Annual report on the Civil Veterinary Department, Burma (including the Insein Veterinary School) - 1923-1931
Year: 1923
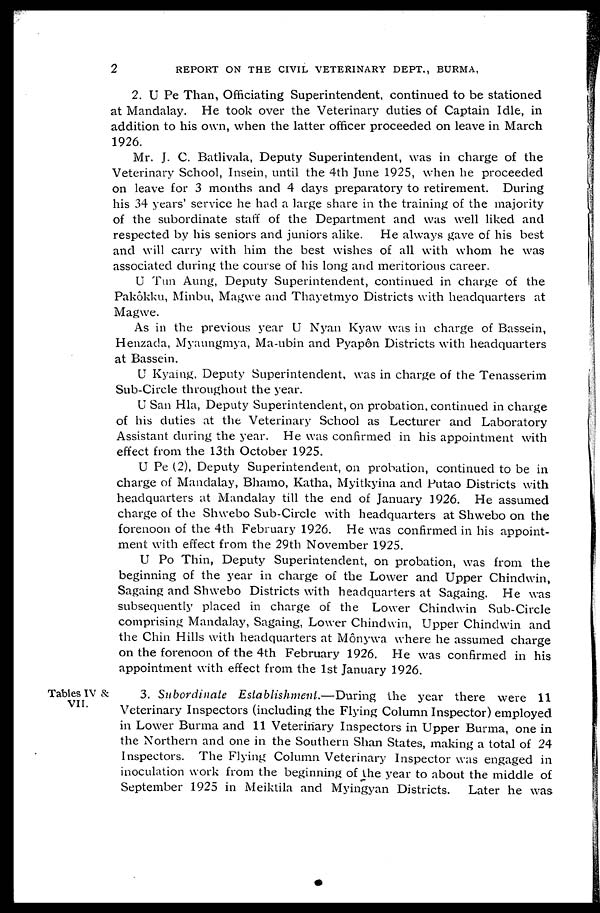
2
REPORT ON THE CIVIL VETERINARY DEPT., BURMA,
2. U Pe Than, Officiating Superintendent, continued to be stationed
at Mandalay. He took over the Veterinary duties of Captain Idle, in
addition to his own, when the latter officer proceeded on leave in March
1926.
Mr. J. C. Batlivala, Deputy Superintendent, was in charge of the
Veterinary School, Insein, until the 4th June 1925, when he proceeded
on leave for 3 months and 4 days preparatory to retirement. During
his 34 years' service he had a large share in the training of the majority
of the subordinate staff of the Department and was well liked and
respected by his seniors and juniors alike. He always gave of his best
and will carry with him the best wishes of all with whom he was
associated during the course of his long and meritorious career.
U Tun Aung, Deputy Superintendent, continued in charge of the
Pakôkku, Minbu, Magwe and Thayetmyo Districts with headquarters at
Magwe.
As in the previous year U Nyan Kyaw was in charge of Bassein,
Henzada, Myaungmya, Ma-ubin and Pyapôn Districts with headquarters
at Bassein.
U Kyaing, Deputy Superintendent, was in charge of the Tenasserim
Sub-Circle throughout the year.
U San Hla, Deputy Superintendent, on probation, continued in charge
of his duties at the Veterinary School as Lecturer and Laboratory
Assistant during the year. He was confirmed in his appointment with
effect from the 13th October 1925.
U Pe (2), Deputy Superintendent, on probation, continued to be in
charge of Mandalay, Bhamo, Katha, Myitkyina and Putao Districts with
headquarters at Mandalay till the end of January 1926. He assumed
charge of the Shwebo Sub-Circle with headquarters at Shwebo on the
forenoon of the 4th February 1926. He was confirmed in his appoint-
ment with effect from the 29th November 1925.
U Po Thin, Deputy Superintendent, on probation, was from the
beginning of the year in charge of the Lower and Upper Chindwin,
Sagaing and Shwebo Districts with headquarters at Sagaing. He was
subsequently placed in charge of the Lower Chindwin Sub-Circle
comprising Mandalay, Sagaing, Lower Chindwin, Upper Chindwin and
the Chin Hills with headquarters at Mônywa where he assumed charge
on the forenoon of the 4th February 1926. He was confirmed in his
appointment with effect from the 1st January 1926.
Tables IV &
VII.
3. Subordinate Establishment.—During the year there were 11
Veterinary Inspectors (including the Flying Column Inspector) employed
in Lower Burma and 11 Veterinary Inspectors in Upper Burma, one in
the Northern and one in the Southern Shan States, making a total of 24
Inspectors. The Flying Column Veterinary Inspector was engaged in
inoculation work from the beginning of the year to about the middle of
September 1925 in Meiktila and Myingyan Districts. Later he was